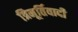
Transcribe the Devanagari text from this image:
त्रिमूर्तिवादी